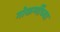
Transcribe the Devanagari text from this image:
गोकर्णीच्या